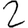
Digit: 2